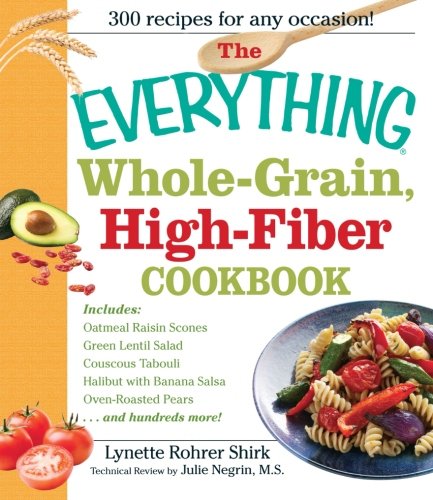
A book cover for The Everything Whole Grain, High Fiber Cookbook: Delicious, heart-healthy snacks and meals the whole family will love; Lynette Rhorer Shirk; Cookbooks, Food & Wine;